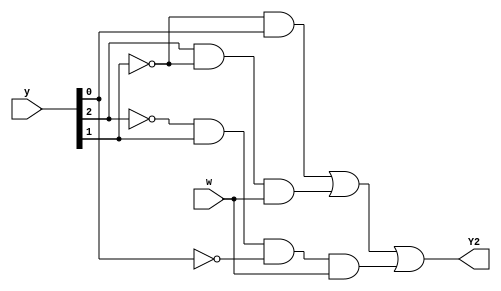
module top_module (
    input [3:1] y,
    input w,
    output Y2);

    assign Y2 = ~y[2]&y[1] | y[3]&~y[2]&w | ~y[3]&y[2]&~y[1]&w;

    // ALTERNATIVE SOLUTION
    // parameter [2:0] A=3'd0,B=3'd1,C=3'd2,D=3'd3,E=3'd4,F=3'd5;
    // reg [2:0] ns;
    
    // always@(*)begin
    //     case(y)
    //             A: ns = w? B:A;
    //             B: ns = w? C:D;
    //             C: ns = w? E:D;
    //             D: ns = w? F:A;
    //             E: ns = w? E:D;
    //             F: ns = w? C:D;
    //         default: ns = 3'bxxx;
    //     endcase
    // end 
    
    // assign Y2 = ns[1];

endmodule